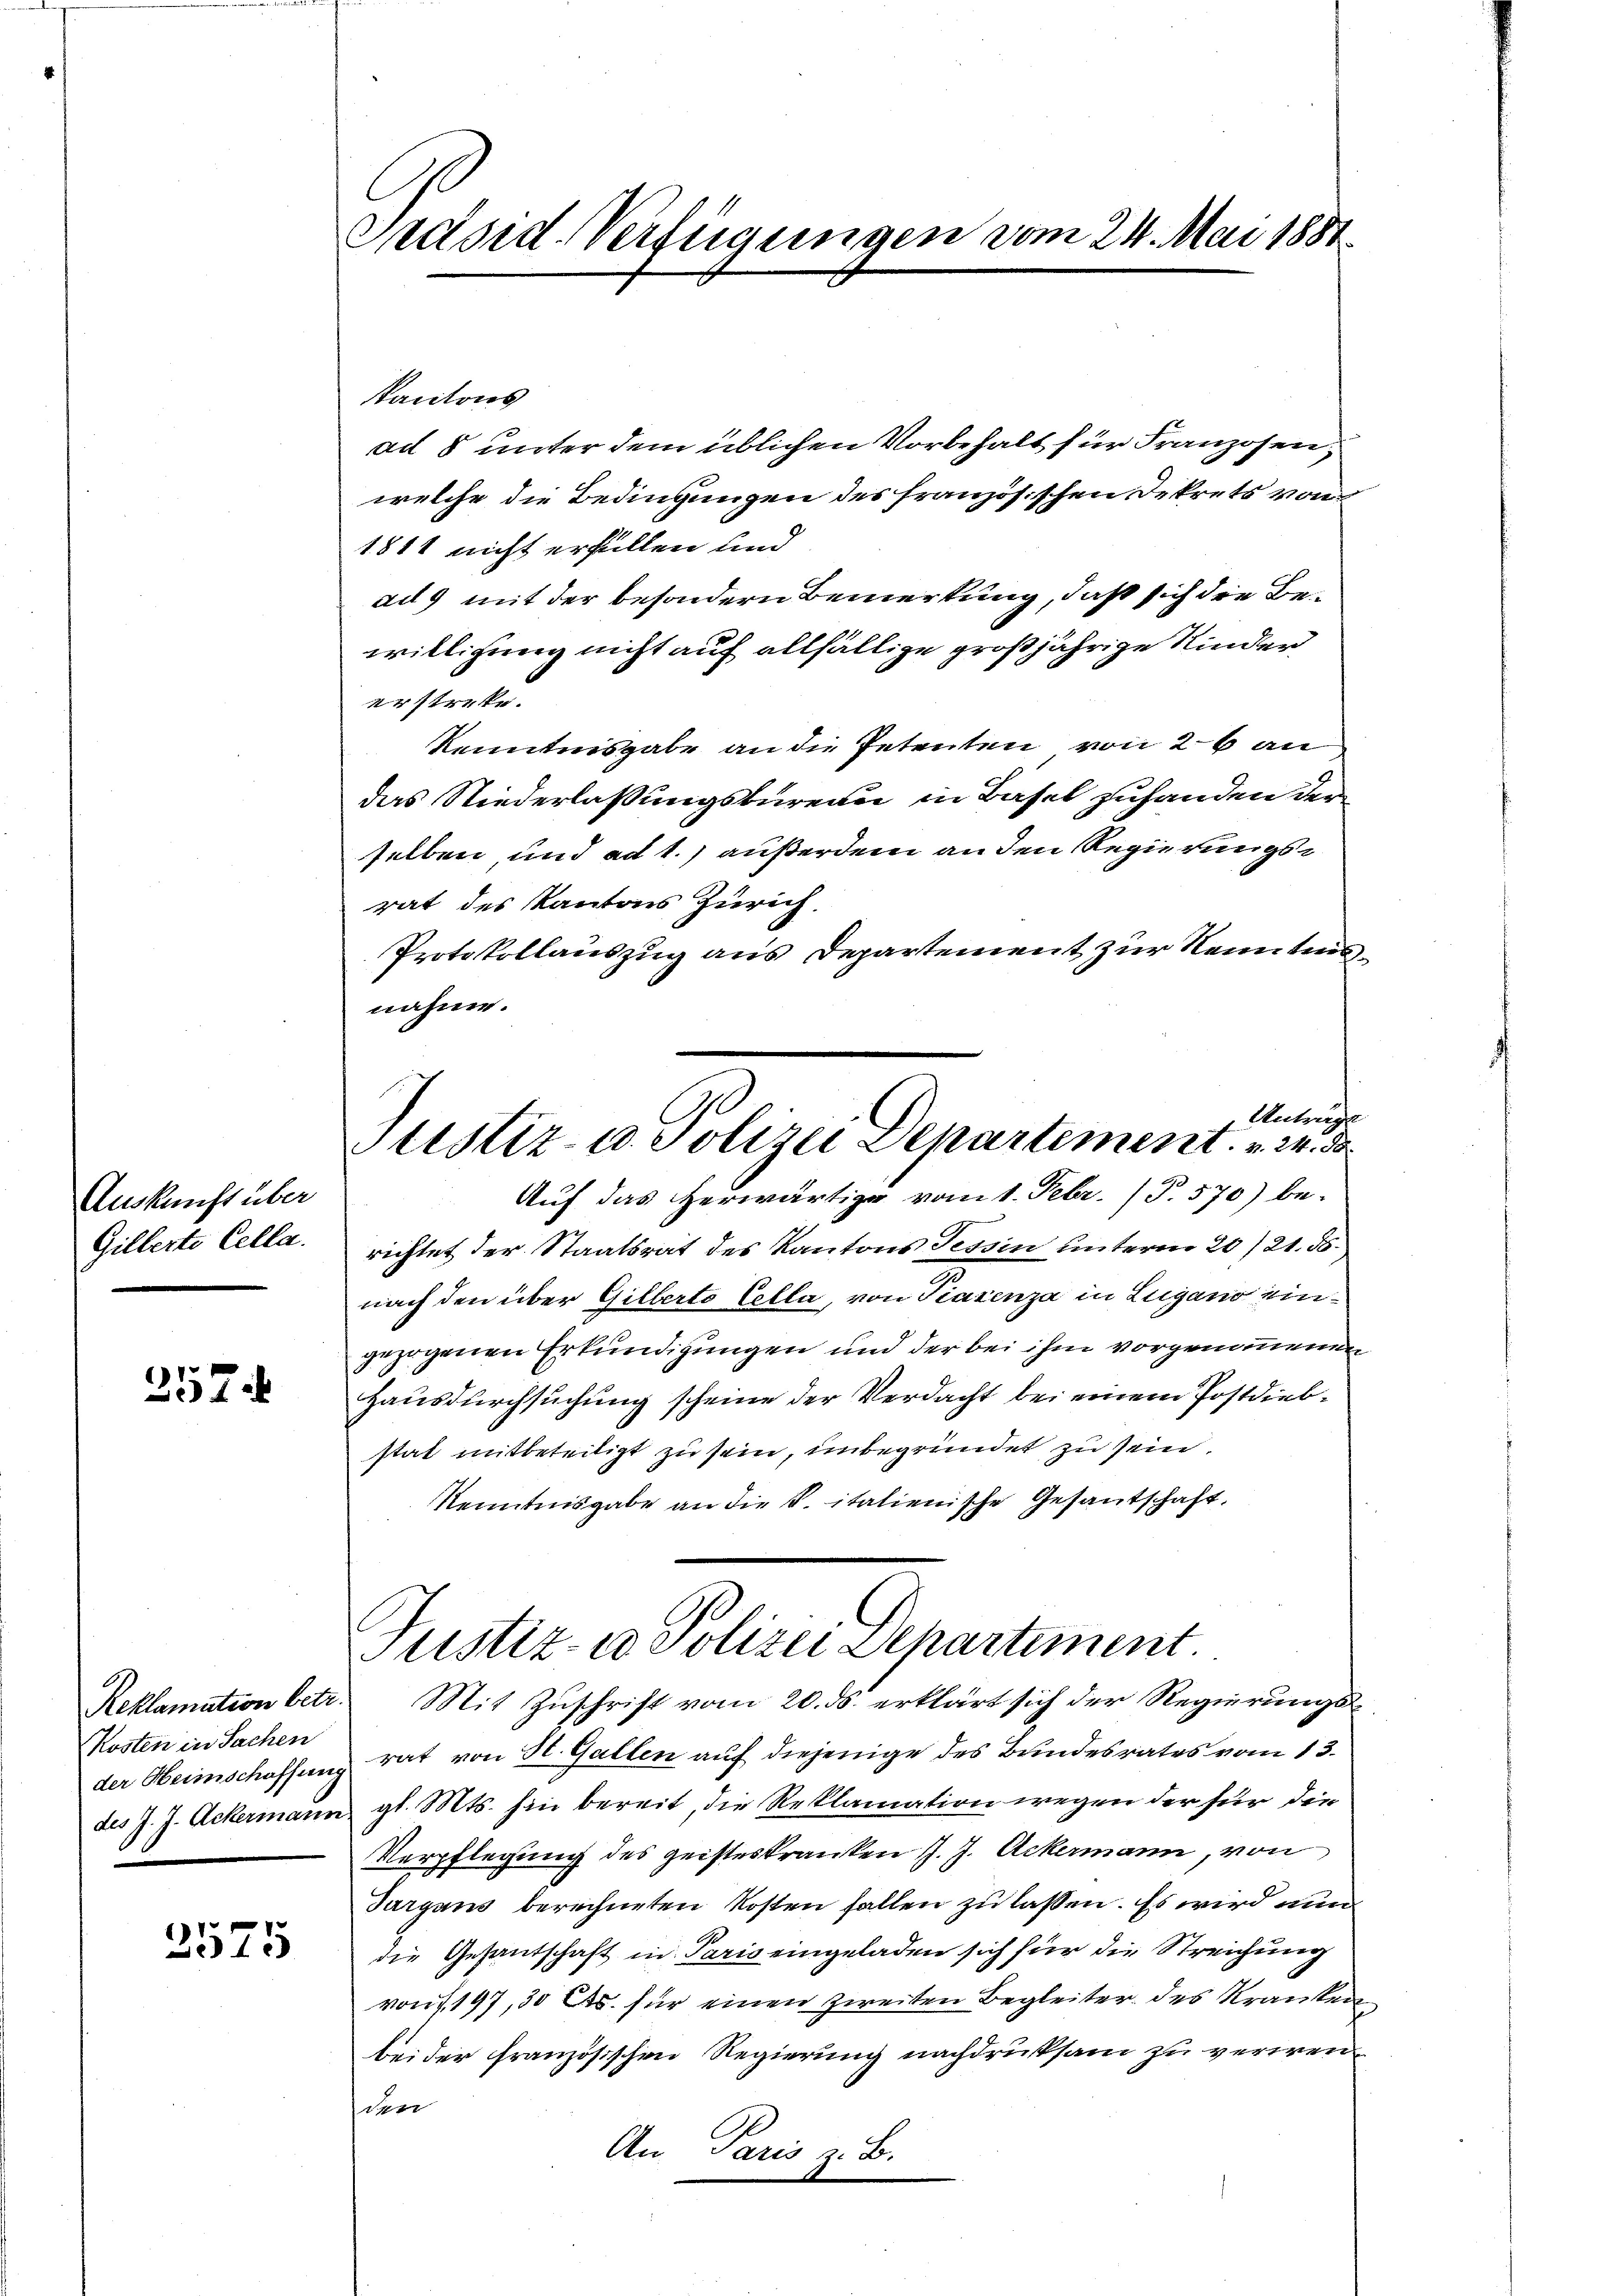
Auskunft über
Gillerte Cella.

257.

Kosten in Sachen
der Heimschaffung
des J. J. Ackermans

2575

Präsid-Verfügungen vom 24. Mai 1881

Vacitons
ad 8 unter dem üblichen Vorbehalt für Franzosen,
welche die Bedingungen des französischen Dekrets von
1811 nicht erfüllen und
ad 9 mit der besondern Bemerkung, daß sich die Bewilligung nicht auf allfällige großjährige Kinder
erstreke.
Kenntnisgabe an die Petenten von 26 an
das Niederlassungsbureau in Basel zuhanden der
selben, und ad 1.) außerdem an den Regierungsrat des Kantons Zürich.
Protokollauszug aus Departement zur Kenntnisnahme.
Auf das herwärtige vom 1. Febr. (T. 570) be-
richtet der Staatsrat des Kantons Tessin unterm 20./21. ds.
nach den über Gilberto Colla, von Tierenza in Lugano eingezogenen Erkundigungen und der bei ihm vorgenommenen
Hausdurchsuchung scheine der Verdacht bei einem Postdiebstat mitbeteiligt zu sein, unbegründet zu sein.
Kenntnisgabe an die K. italienische Gesantschaft.
G
Justiz- u Polizei Departiment
Reklamation betr. Mit Zuschrift vom 20. ds. erklärt sich der Regierungsrat von St. Gallen auf diejenige des Bundesrates vom 13.
 gl. Mts. hin bereit, die Reklamation wegen der für die
Verpflegung des geisteskranken J. J. Ackermann, von
Sargaus berechneten Kosten fallen zu lassen. Es wird nun
die Gesantschaft in Paris eingeladen sich für die Streichung
vonf 197, 30 Cts. für einen zweiten Begleiter des Kranken
beider französischen Regierung nachdruksam zu verirenden

Antrage
Justiz- u. Polizei Departement. 24. d